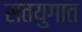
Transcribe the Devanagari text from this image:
सतयुगात